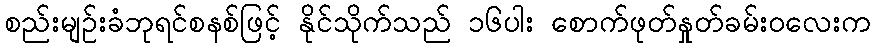
စည်းမျဉ်းခံဘုရင်စနစ်ဖြင့် နိုင်သိုက်သည် ၁၆ပါး စောက်ဖုတ်နှုတ်ခမ်းဝလေးက